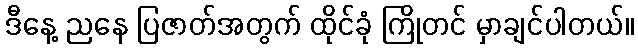
ဒီနေ့ ညနေ ပြဇာတ်အတွက် ထိုင်ခုံ ကြိုတင် မှာချင်ပါတယ်။